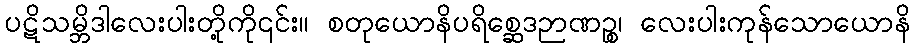
ပဋိသမ္ဘိဒါလေးပါးတို့ကို၎င်း။ စတုယောနိပရိစ္ဆေဒဉာဏဉ္စ၊ လေးပါးကုန်သောယောနိ